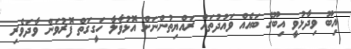
އިބޫ ވިދާޅުވީ އިބޫގެ ބައެއް ވަައުދުތައް ރައްޔިތުންނަށް އޮޅުވާލާ ހަގީގަތް ފޮރުވަން ވާދަވެރި